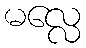
မလ္လေ